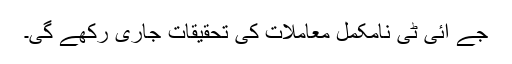
جے آئی ٹی نامکمل معاملات کی تحقیقات جاری رکھے گی۔